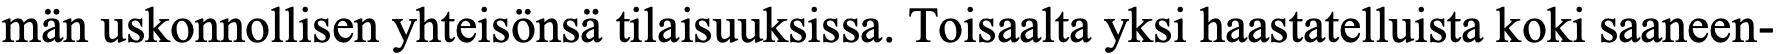
män uskonnollisen yhteisönsä tilaisuuksissa. Toisaalta yksi haastatelluista koki saaneen-